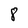
Character: 8